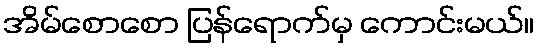
အိမ်စောစော ပြန်ရောက်မှ ကောင်းမယ်။